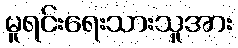
မူရင်းရေးသားသူအား